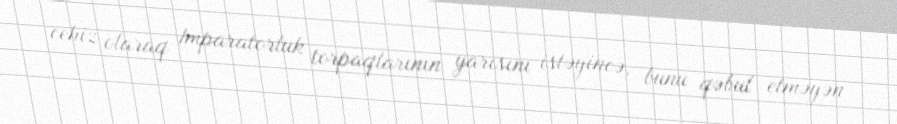
cehiz olaraq Imparatorluk torpaqlarının yarısını istəyincə, bunu qəbul etməyən